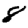
Digit: 8